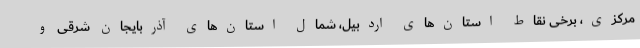
مرکزی، برخی نقاط استان‌های اردبیل، شمال استان‌های آذربایجان شرقی و